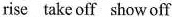
rise take off show off